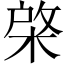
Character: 棨